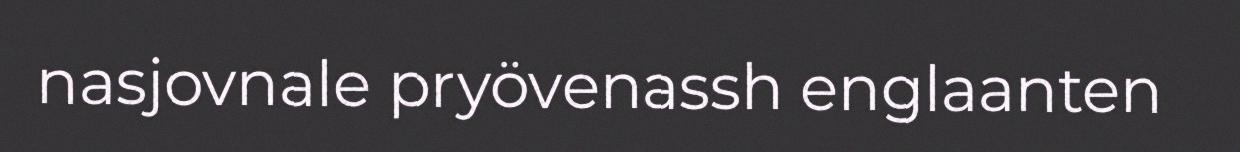
nasjovnale pryövenassh englaanten